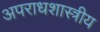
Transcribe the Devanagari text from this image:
अपराधशास्त्रीय